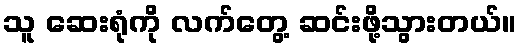
သူ ဆေးရုံကို လက်တွေ့ ဆင်းဖို့သွားတယ်။